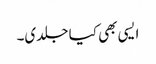
ایسی بھی کیا جلدی۔